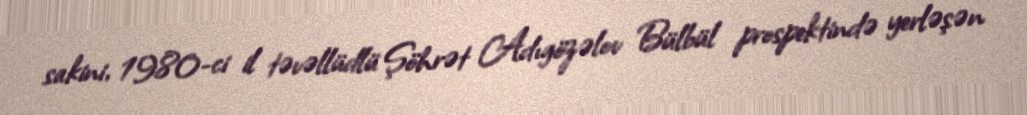
sakini, 1980-ci il təvəllüdlü Şöhrət Adıgözəlov Bülbül prospektində yerləşən